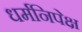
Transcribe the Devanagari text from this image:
धर्मनिपेक्ष